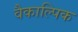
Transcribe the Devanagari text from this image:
वैकाल्पिक